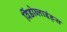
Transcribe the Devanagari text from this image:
विंडोब्लाइंड्स